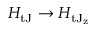
H _ { \mathrm { t J } } \rightarrow H _ { \mathrm { t J _ { z } } }